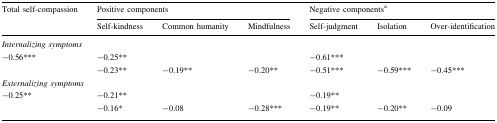
<table><thead><tr><td rowspan="2"><b>Total self-compassion</b></td><td colspan="3"><b>Positive components</b></td><td colspan="3"><b>Negative components<sup>a</sup></b></td></tr><tr><td><b>Self-kindness</b></td><td><b>Common humanity</b></td><td><b>Mindfulness</b></td><td><b>Self-judgment</b></td><td><b>Isolation</b></td><td><b>Over-identification</b></td></tr></thead><tbody><tr><td colspan="7"><i>Internalizing symptoms</i></td></tr><tr><td rowspan="2">−0.56***</td><td colspan="3">−0.25**</td><td colspan="3">−0.61***</td></tr><tr><td>−0.23**</td><td>−0.19**</td><td>−0.20**</td><td>−0.51***</td><td>−0.59***</td><td>−0.45***</td></tr><tr><td colspan="7"><i>Externalizing symptoms</i></td></tr><tr><td rowspan="2">−0.25**</td><td colspan="3">−0.21**</td><td colspan="3">−0.19**</td></tr><tr><td>−0.16*</td><td>−0.08</td><td>−0.28***</td><td>−0.19**</td><td>−0.20**</td><td>−0.09</td></tr></tbody></table>